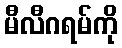
မီလီဂရမ်ကို